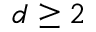
d \geq 2